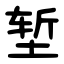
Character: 堑